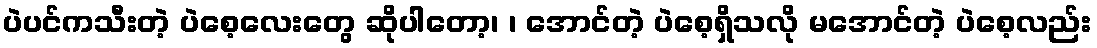
ပဲပင်ကသီးတဲ့ ပဲစေ့လေးတွေ ဆိုပါတော့၊ ၊ အောင်တဲ့ ပဲစေ့ရှိသလို မအောင်တဲ့ ပဲစေ့လည်း